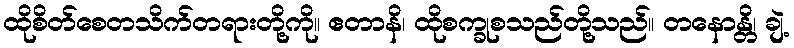
ထိုစိတ်စေတသိက်တရားတို့ကို။ ဧတာနိ၊ ထိုစက္ခုစသည်တို့သည်။ တနောန္တိ၊ ချဲ့